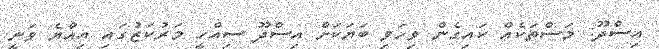
އިސްދޫ: މަސްތަކެއް ކައިގެން ވިހަވި ބަޔަކަށް އިސްދޫ ސިއްހީ މަރުކަޒުގައި އިއްޔެ ވަނީ